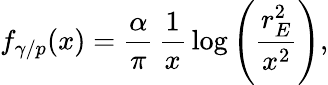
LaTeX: f_{\gamma/p}(x)=\frac{\alpha}{\pi}\, \frac{1}{x}\, \mathrm{log}\left(\frac{r_{E}^{2}}{x^{2}}\right),